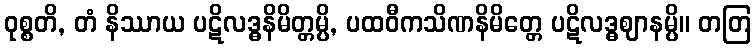
ဝုစ္စတိ, တံ နိဿာယ ပဋိလဒ္ဓနိမိတ္တမ္ပိ, ပထဝီကသိဏနိမိတ္တေ ပဋိလဒ္ဓဈာနမ္ပိ။ တတြ